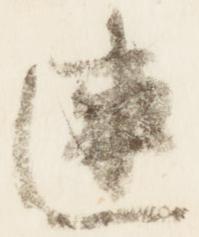
連